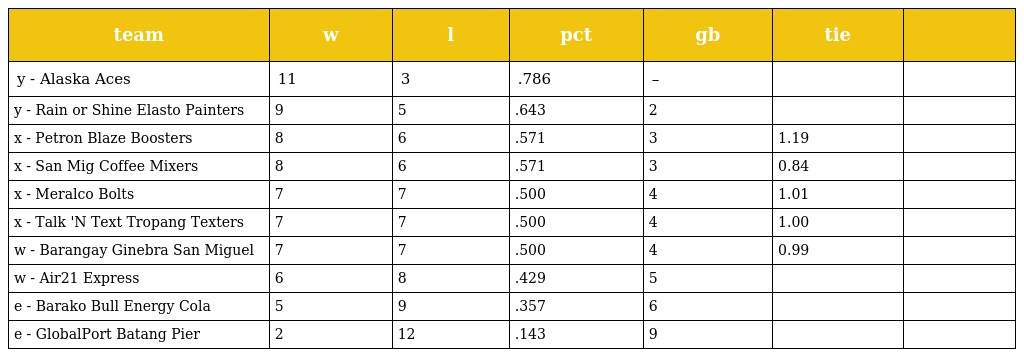
| team | w | l | pct | gb | tie |  |
 | --- | --- | --- | --- | --- | --- | --- |
 | y - Alaska Aces | 11 | 3 | .786 | – |  |  |
 | y - Rain or Shine Elasto Painters | 9 | 5 | .643 | 2 |  |  |
 | x - Petron Blaze Boosters | 8 | 6 | .571 | 3 | 1.19 |  |
 | x - San Mig Coffee Mixers | 8 | 6 | .571 | 3 | 0.84 |  |
 | x - Meralco Bolts | 7 | 7 | .500 | 4 | 1.01 |  |
 | x - Talk 'N Text Tropang Texters | 7 | 7 | .500 | 4 | 1.00 |  |
 | w - Barangay Ginebra San Miguel | 7 | 7 | .500 | 4 | 0.99 |  |
 | w - Air21 Express | 6 | 8 | .429 | 5 |  |  |
 | e - Barako Bull Energy Cola | 5 | 9 | .357 | 6 |  |  |
 | e - GlobalPort Batang Pier | 2 | 12 | .143 | 9 |  |  |